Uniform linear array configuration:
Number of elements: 48
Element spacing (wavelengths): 1
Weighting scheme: uniform
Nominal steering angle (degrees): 15
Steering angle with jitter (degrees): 14.673
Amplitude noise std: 0.05
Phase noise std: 0.05

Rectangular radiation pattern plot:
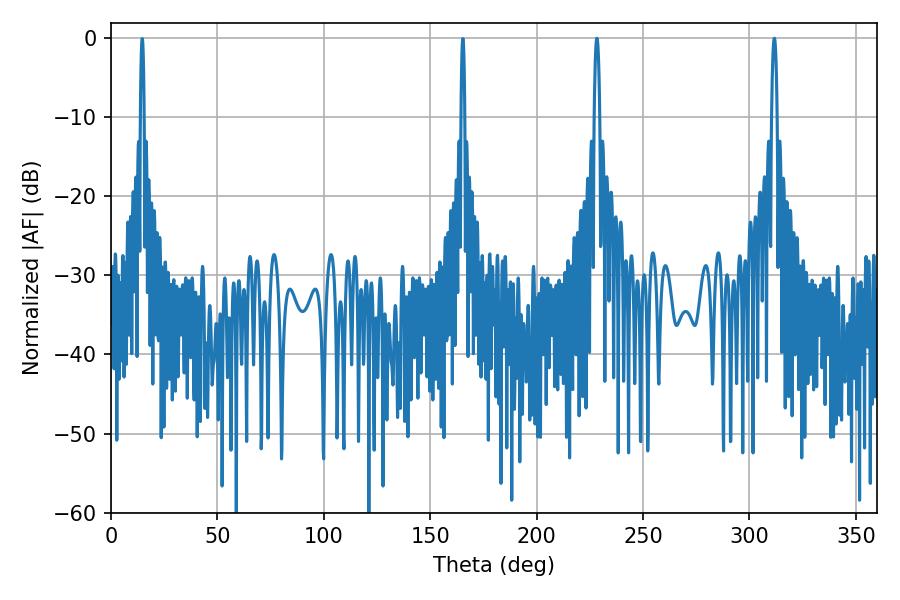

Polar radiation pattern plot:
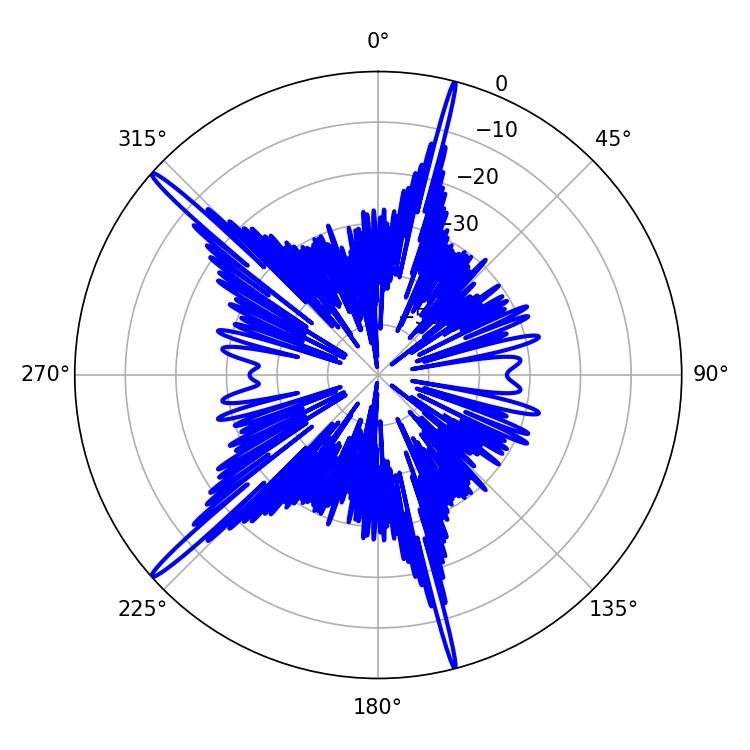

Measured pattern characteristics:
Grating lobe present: TRUE
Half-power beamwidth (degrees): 1.26
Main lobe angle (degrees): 311.76